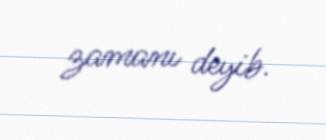
zamanı deyib.